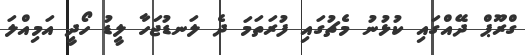
ގްރޫޕް ދޭއްގައި ކުޅުނު މެޗުގައި ފުރަތަމަ ދެ ލަނޑުޖަހާ ލީޑު ހޯދީ އަމިއްލަ